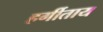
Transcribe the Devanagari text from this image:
हर्गीताय